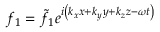
f _ { 1 } = { \tilde { f } } _ { 1 } e ^ { i \left( k _ { x } x + k _ { y } y + k _ { z } z - \omega t \right) }